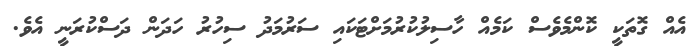
އެއް ގޮތަކީ ކޮންމެވެސް ކަމެއް ހާސިލުކުރުމަށްޓަކައި ސަރުމަދު ސިހުރު ހަދަން ދަސްކުރަނީ އެވެ.